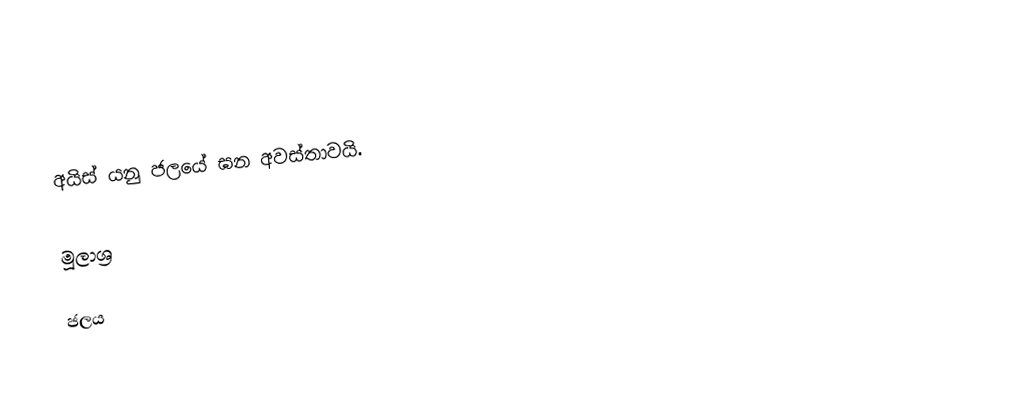
අයිස්  යනු ජලයේ ඝන අවස්තාවයි.

මූලාශ්‍ර

ජලය